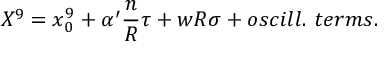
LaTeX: X ^ { 9 } = x _ { 0 } ^ { 9 } + \alpha ^ { \prime } { \frac { n } { R } } \tau + w R \sigma + o s c i l l . \ t e r m s .